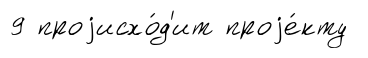
9 проjисхо́д'ит проjе́кту